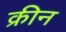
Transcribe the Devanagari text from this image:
क्रीन